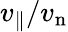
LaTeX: v_{\parallel}/v_{\mathrm{n}}